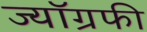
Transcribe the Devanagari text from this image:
ज्यॉग्रफी